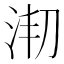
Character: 𣳱